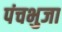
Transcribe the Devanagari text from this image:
पंचभुजा